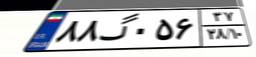
۲۷گ۷۸۰۱۶